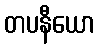
တပနီယော